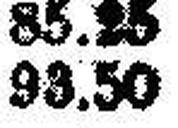
93.50